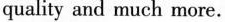
quality and much more.